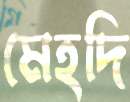
মেহদি